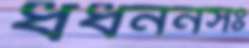
ধধননসঃ